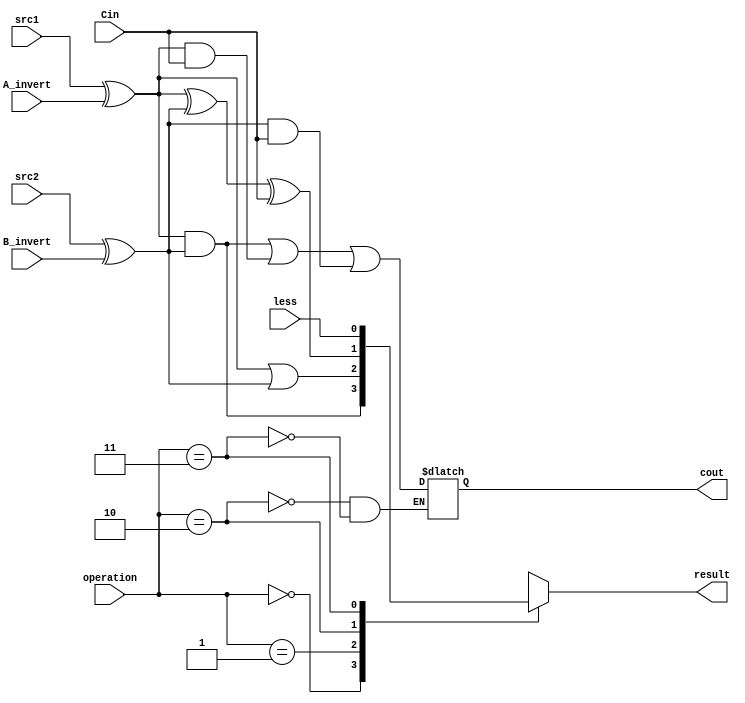
/***************************************************
Student Name: 
Student ID: 
***************************************************/
`timescale 1ns/1ps

module ALU_1bit(
	input				src1,       //1 bit source 1  (input)
	input				src2,       //1 bit source 2  (input)
	input 				less,       //1 bit less      (input)
	input 				A_invert,    //1 bit A_invert  (input)
	input				B_invert,    //1 bit B_invert  (input)
	input 				Cin,        //1 bit carry in  (input)
	input 			[2-1:0] operation,  //2 bit operation (input)
	output reg    			result,     //1 bit result    (output)
	output reg	    		cout        //1 bit carry out (output)
	);

/* Write your code HERE */
wire in1 = src1 ^ A_invert; // implicit continuous assignment
wire in2 = src2 ^ B_invert;
wire AND = in1 & in2;
wire OR  = in1 | in2;
wire SUM = in1 ^ in2 ^ Cin;

always @* 
	begin
	case(operation)
		2'd0: result <= AND;
		2'd1: result <= OR;
		2'd2: 
			begin 
				result <= SUM;
				cout <=  in1&in2 | in1&Cin | in2&Cin;
			end
		2'd3: 
			begin 
				result <= less;
				cout <=  in1&in2 | in1&Cin | in2&Cin;
			end
	endcase
	end


endmodule